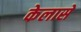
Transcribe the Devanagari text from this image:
केलासे